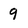
Character: 9